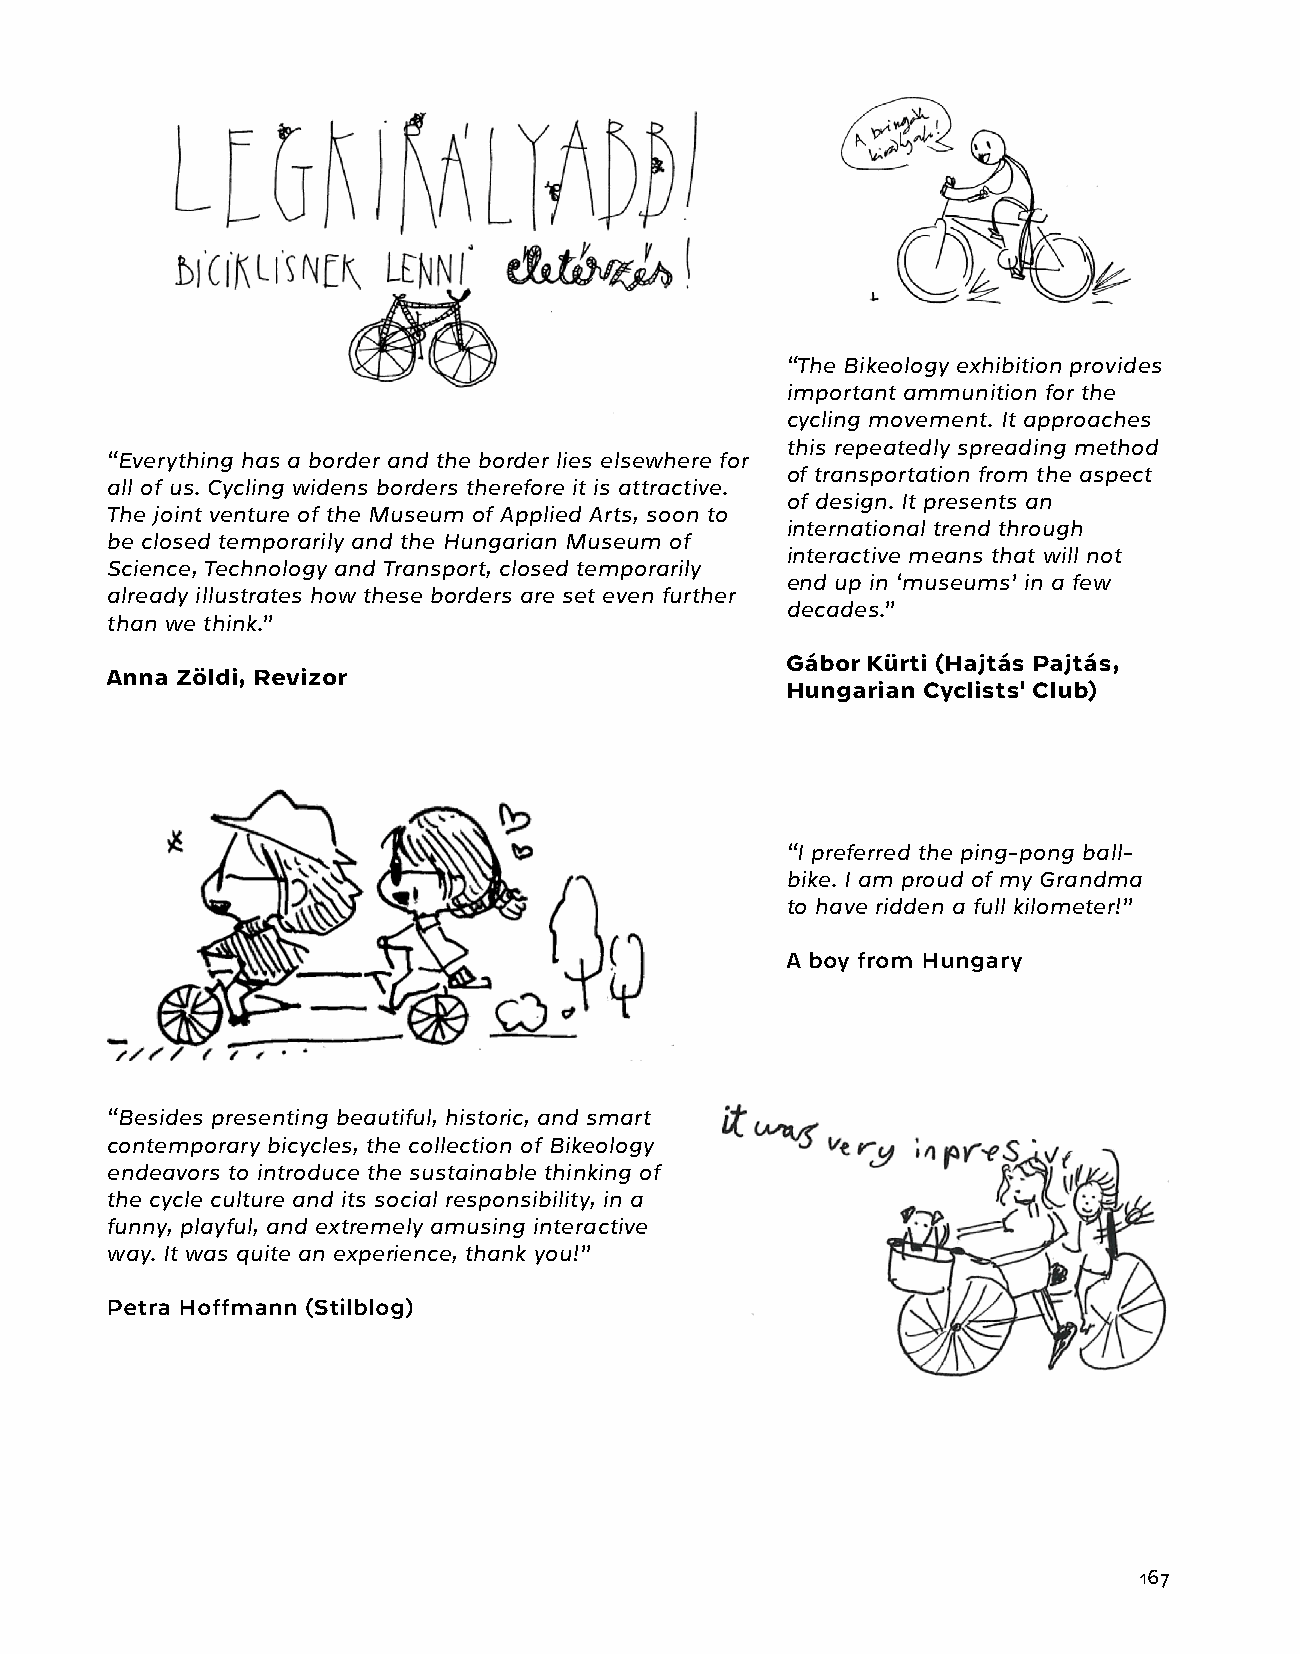
“The Bikeology exhibition provides
 important ammunition for the
 cycling movement. It approaches
 this repeatedly spreading method
 “Everything has a border and the border lies elsewhere for
 of transportation from the aspect
 all of us. Cycling widens borders therefore it is attractive.
 of design. It presents an
 The joint venture of the Museum of Applied Arts, soon to
 international trend through
 be closed temporarily and the Hungarian Museum of
 interactive means that will not
 Science, Technology and Transport, closed temporarily
 end up in ‘museums’ in a few
 already illustrates how these borders are set even further
 decades.”
 than we think.”
 Gábor Kürti (Hajtás Pajtás,
 Anna Zöldi, Revizor
 Hungarian Cyclists' Club)
 “I preferred the ping-pong ball-
 bike. I am proud of my Grandma
 to have ridden a full kilometer!”
 A boy from Hungary
 “Besides presenting beautiful, historic, and smart
 contemporary bicycles, the collection of Bikeology
 endeavors to introduce the sustainable thinking of
 the cycle culture and its social responsibility, in a
 funny, playful, and extremely amusing interactive
 way. It was quite an experience, thank you!”
 Petra Hoffmann (Stilblog)
 167